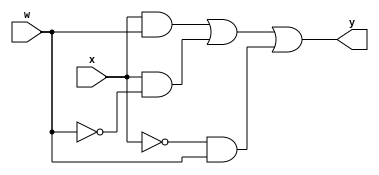
module lab2BehavioralLevel (y ,w, x);
    input w, x;
    output y;
    reg t1, t2, t3, t4, t5, t6;
    reg y;
    always @(w, x)
    begin
         t1 = x & w;
         t2 = ~w;
         t3 = x & t2;
         t4 = ~x;
         t5 = t4 & w;
         t6 = t1 | t3;
         y = t6 | t5;
    end

endmodule

module testBench;
    reg w, x;
    wire y;
    lab2BehavioralLevel U1(y, w, x);

    initial
 
    begin
        $monitor($time, " w=%d, x=%d, y=%d", w, x, y);

        #5 w=1'b0; x=1'b0;
        #5 w=1'b0; x=1'b1;
        #5 w=1'b1; x=1'b0;
        #5 w=1'b1; x=1'b1;
        #5 $finish;
    end
    
endmodule